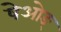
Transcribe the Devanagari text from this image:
षेओङ्